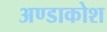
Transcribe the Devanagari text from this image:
अण्डाकोश